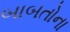
બાબતોના